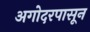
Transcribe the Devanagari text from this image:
अगोदरपासून